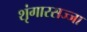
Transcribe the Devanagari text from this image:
शृंगारसज्जा